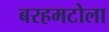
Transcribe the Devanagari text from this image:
बरहमटोला